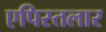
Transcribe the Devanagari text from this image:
एपिस्तलार